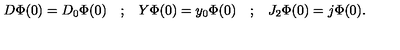
\begin{array} { c c c c c } { D \Phi ( 0 ) = D _ { 0 } \Phi ( 0 ) } & { ; } & { Y \Phi ( 0 ) = y _ { 0 } \Phi ( 0 ) } & { ; } & { J _ { 2 } \Phi ( 0 ) = j \Phi ( 0 ) . } \\ \end{array}